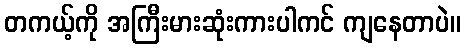
တကယ့်ကို အကြီးမားဆုံးကားပါကင် ကျနေတာပဲ။